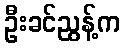
ဦးခင်ညွန့်က